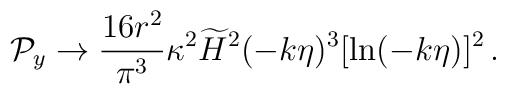
{\cal P}_y \to {16r^2\over\pi^3} \kappa^2\widetilde{H}^2 (-k\eta)^3[\ln(-k\eta)]^2 \,.